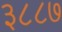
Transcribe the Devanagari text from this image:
३८८७